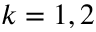
k = 1 , 2